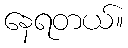
နေရတယ်။